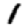
Digit: 1